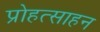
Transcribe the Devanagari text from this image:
प्रोहत्साहन